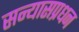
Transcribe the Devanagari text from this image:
सन्यासप्रधन